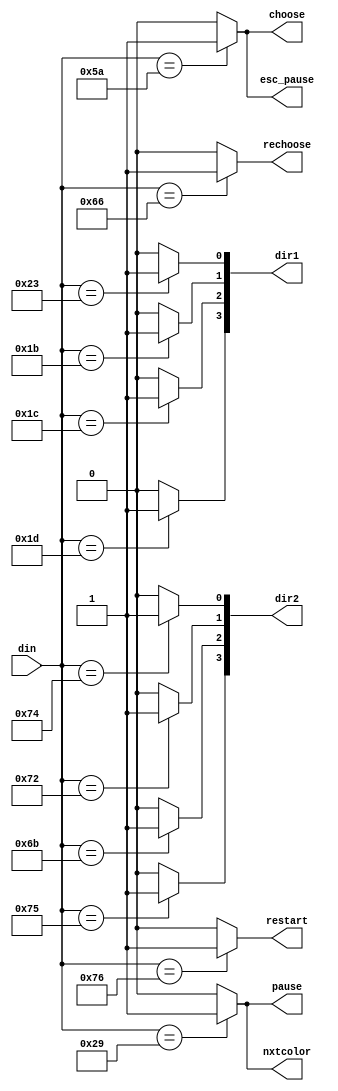
`timescale 1ns / 1ps

module KBCtrl(
    input [7:0] din,
    output reg [3:0] dir1, dir2,
    output reg choose, rechoose, nxtcolor,
    output reg restart, pause, esc_pause
    );
    parameter W = 8'h1D;
    parameter A = 8'h1C;
    parameter S = 8'h1B;
    parameter D = 8'h23;

    parameter UP = 8'h75;
    parameter DOWN = 8'h72;
    parameter LEFT = 8'h6B;
    parameter RIGHT = 8'h74;

    parameter ENTER = 8'h5A;
    parameter BACK = 8'h66;
    parameter SPACE = 8'h29;
    parameter ESC = 8'h76;
    always @(*) begin
        //initial
        dir1 = 0; dir2 = 0;
        choose = 0; rechoose = 0; nxtcolor = 0;
        restart = 0; pause = 0; esc_pause = 0;

        case(din)
        W: dir1[3] = 1;
        A: dir1[2] = 1;
        S: dir1[1] = 1;
        D: dir1[0] = 1;
        UP:dir2[3] = 1;
        LEFT:dir2[2] = 1;
        DOWN:dir2[1] = 1;
        RIGHT:dir2[0] = 1;

        SPACE: begin
            nxtcolor = 1;
            pause = 1;
        end
        ENTER: begin
            choose = 1;
            esc_pause = 1;
        end
        BACK: rechoose = 1;
        ESC: begin 
            restart = 1;
        end
        endcase
    end
endmodule